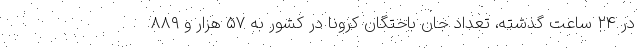
در ۲۴ ساعت گذشته، تعداد جان باختگان کرونا در کشور به ۵۷ هزار و ۸۸۹